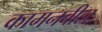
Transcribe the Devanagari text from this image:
कामनबील